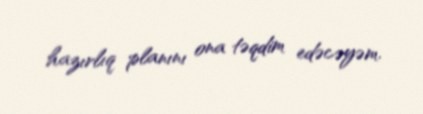
hazırlıq planını ona təqdim edəcəyəm.